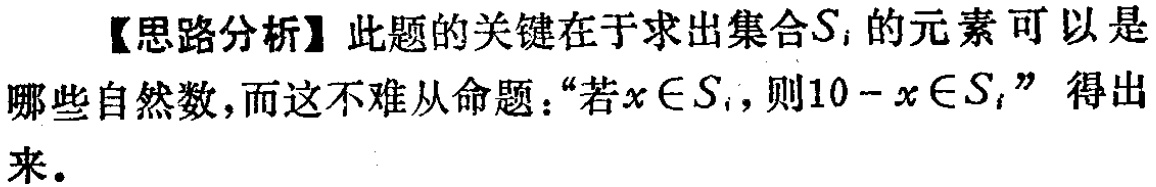
【思路分析】此题的关键在于求出集合\(S_{i}\)的元素可以是哪些自然数,而这不难从命题：“若\(x\in S_{i}\)，则\(10 - x\in S_{i}\)”得出来.